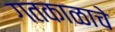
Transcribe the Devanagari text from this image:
गतकाळाचे